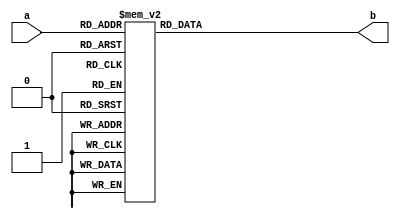
module sevenseg(a, b);
    input wire [3:0]a;
    output reg [6:0]b;
always @* begin
    case (a)
      4'b0000 : b <= 7'b1111110;
      4'b0001 : b <= 7'b0110000;
      4'b0010 : b <= 7'b1101101;
      4'b0011 : b <= 7'b1001111;
      4'b0100 : b <= 7'b1100110;
      4'b0101 : b <= 7'b1111101;
      4'b0110 : b <= 7'b0100111;
      4'b1000 : b <= 7'b1111111;
      4'b1001 : b <= 7'b1111011;
      default : b <= 7'b0000000;
    endcase
end
endmodule